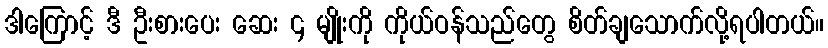
ဒါကြောင့် ဒီ ဦးစားပေး ဆေး ၄ မျိုးကို ကိုယ်ဝန်သည်တွေ စိတ်ချသောက်လို့ရပါတယ်။